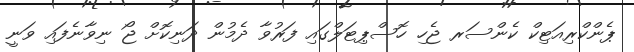
ޕެންކްރިއަޓިކް ކެންސަރ ޖެހި ހޮސްޕިޓަލްގައި ފަރުވާ ދެމުން ދަނިކޮށް ޖޯ ނިވާނެފައި ވަނީ